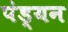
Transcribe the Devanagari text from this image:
पंड्यन